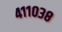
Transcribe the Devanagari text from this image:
४११०३८